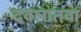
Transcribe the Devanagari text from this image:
दवलातवा